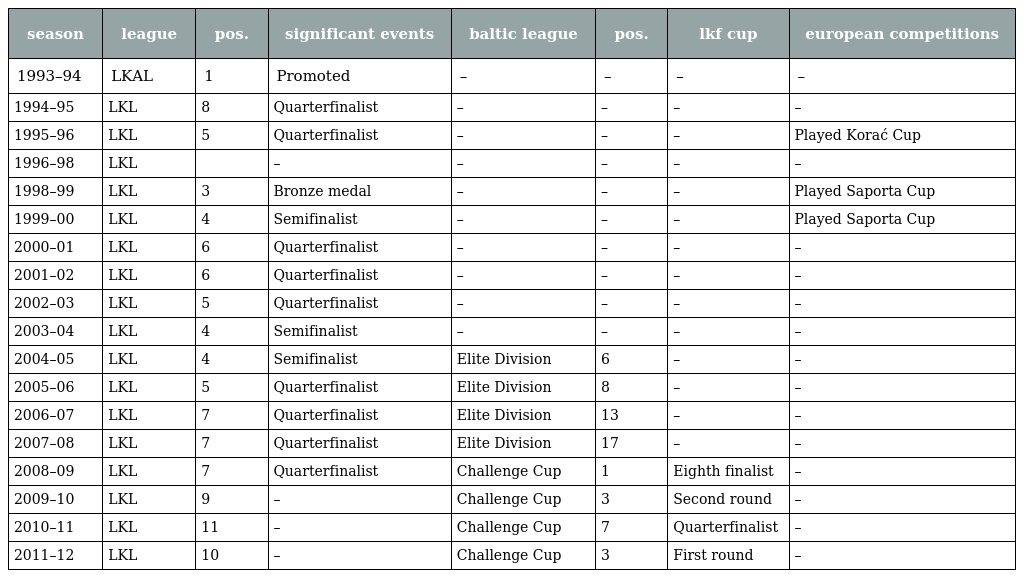
| season | league | pos. | significant events | baltic league | pos. | lkf cup | european competitions |
 | --- | --- | --- | --- | --- | --- | --- | --- |
 | 1993–94 | LKAL | 1 | Promoted | – | – | – | – |
 | 1994–95 | LKL | 8 | Quarterfinalist | – | – | – | – |
 | 1995–96 | LKL | 5 | Quarterfinalist | – | – | – | Played Korać Cup |
 | 1996–98 | LKL |  | – | – | – | – | – |
 | 1998–99 | LKL | 3 | Bronze medal | – | – | – | Played Saporta Cup |
 | 1999–00 | LKL | 4 | Semifinalist | – | – | – | Played Saporta Cup |
 | 2000–01 | LKL | 6 | Quarterfinalist | – | – | – | – |
 | 2001–02 | LKL | 6 | Quarterfinalist | – | – | – | – |
 | 2002–03 | LKL | 5 | Quarterfinalist | – | – | – | – |
 | 2003–04 | LKL | 4 | Semifinalist | – | – | – | – |
 | 2004–05 | LKL | 4 | Semifinalist | Elite Division | 6 | – | – |
 | 2005–06 | LKL | 5 | Quarterfinalist | Elite Division | 8 | – | – |
 | 2006–07 | LKL | 7 | Quarterfinalist | Elite Division | 13 | – | – |
 | 2007–08 | LKL | 7 | Quarterfinalist | Elite Division | 17 | – | – |
 | 2008–09 | LKL | 7 | Quarterfinalist | Challenge Cup | 1 | Eighth finalist | – |
 | 2009–10 | LKL | 9 | – | Challenge Cup | 3 | Second round | – |
 | 2010–11 | LKL | 11 | – | Challenge Cup | 7 | Quarterfinalist | – |
 | 2011–12 | LKL | 10 | – | Challenge Cup | 3 | First round | – |